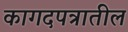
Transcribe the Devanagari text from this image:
कागदपत्रातील